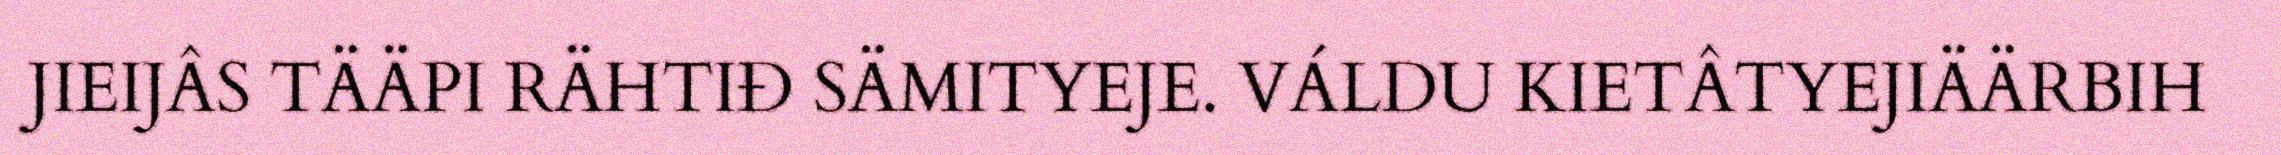
JIEIJÂS TÄÄPI RÄHTIĐ SÄMITYEJE. VÁLDU KIETÂTYEJIÄÄRBIH